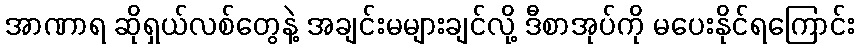
အာဏာရ ဆိုရှယ်လစ်တွေနဲ့ အချင်းမများချင်လို့ ဒီစာအုပ်ကို မပေးနိုင်ရကြောင်း